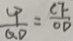
\frac { C P } { Q D } = \frac { C F } { O D }